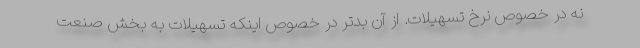
نه در خصوص نرخ تسهیلات. از آن بدتر در خصوص اینکه تسهیلات به بخش صنعت